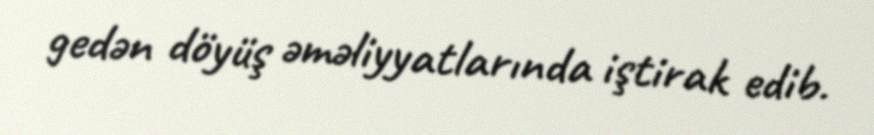
gedən döyüş əməliyyatlarında iştirak edib.